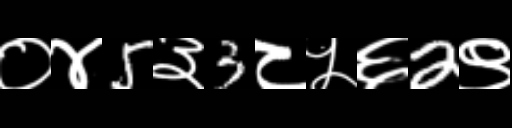
Text: ०४5३3८५६2९